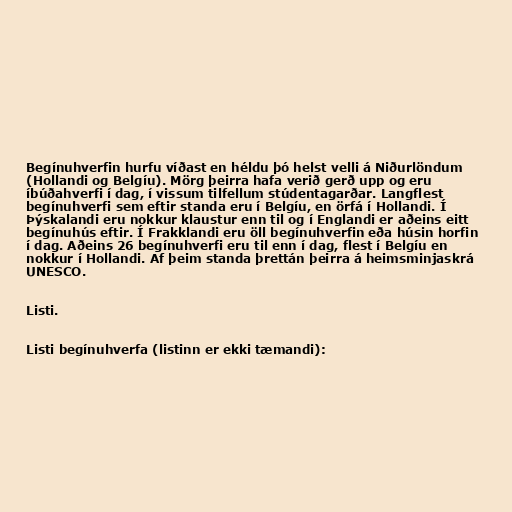
Begínuhverfin hurfu víðast en héldu þó helst velli á Niðurlöndum
(Hollandi og Belgíu). Mörg þeirra hafa verið gerð upp og eru
íbúðahverfi í dag, í vissum tilfellum stúdentagarðar. Langflest
begínuhverfi sem eftir standa eru í Belgíu, en örfá í Hollandi. Í
Þýskalandi eru nokkur klaustur enn til og í Englandi er aðeins eitt
begínuhús eftir. Í Frakklandi eru öll begínuhverfin eða húsin horfin
í dag. Aðeins 26 begínuhverfi eru til enn í dag, flest í Belgíu en
nokkur í Hollandi. Af þeim standa þrettán þeirra á heimsminjaskrá
UNESCO.

Listi.

Listi begínuhverfa (listinn er ekki tæmandi):